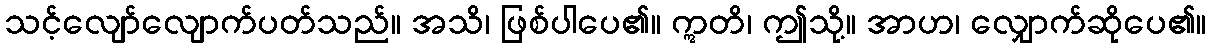
သင့်လျော်လျောက်ပတ်သည်။ အသိ၊ ဖြစ်ပါပေ၏။ ဣတိ၊ ဤသို့။ အာဟ၊ လျှောက်ဆိုပေ၏။